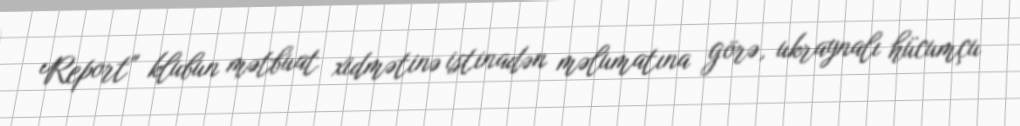
Report" klubun mətbuat xidmətinə istinadən məlumatına görə, ukraynalı hücumçu